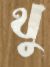
থু